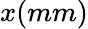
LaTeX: x(mm)